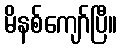
မိနစ်ကျော်ပြီ။